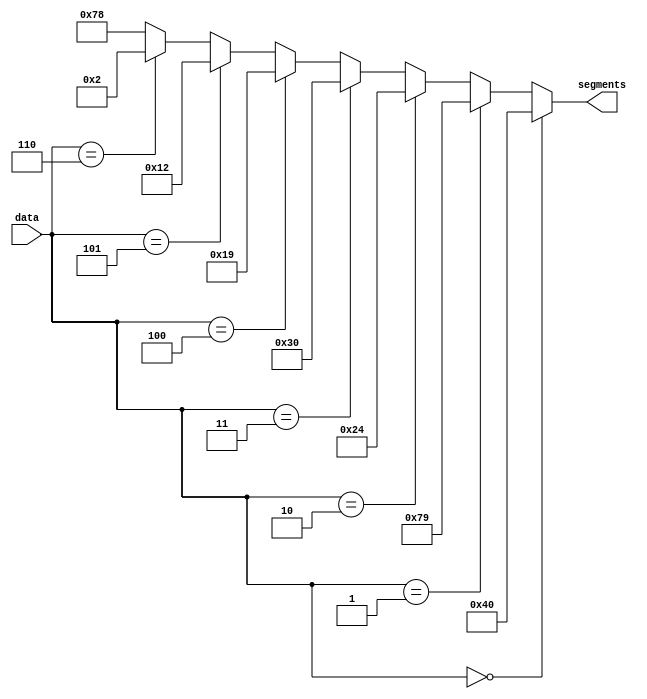
`timescale 1ns / 1ps
//////////////////////////////////////////////////////////////////////////////////
// Company: 
// Engineer: 
// 
// Design Name: 
// Module Name:    display_7s 
// Project Name: 
// Target Devices: 
// Tool versions: 
// Description: 
//
// Dependencies: 
//
// Revision: 
// Revision 0.01 - File Created
// Additional Comments: 
//
//////////////////////////////////////////////////////////////////////////////////
module display_7s(input [2:0] data, output [6:0] segments);

  assign segments = (data == 3'b000) ? 7'b1000000 :
                    (data == 3'b001) ? 7'b1111001 :
                    (data == 3'b010) ? 7'b0100100 :
                    (data == 3'b011) ? 7'b0110000 :
                    (data == 3'b100) ? 7'b0011001 :
                    (data == 3'b101) ? 7'b0010010 :
                    (data == 3'b110) ? 7'b0000010 :
                                      7'b1111000;
endmodule